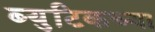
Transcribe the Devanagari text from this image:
ब्युटिकच्या